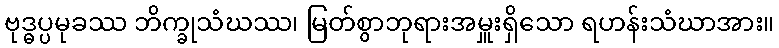
ဗုဒ္ဓပ္ပမုခဿ ဘိက္ခုသံဃဿ၊ မြတ်စွာဘုရားအမှူးရှိသော ရဟန်းသံဃာအား။